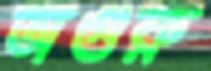
অগুরু